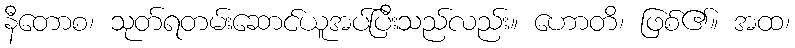
နီတောစ၊ သုတ်ရတမ်းဆောင်ယူအပ်ပြီးသည်လည်း။ ဟောတိ၊ ဖြစ်၏။ အထ၊